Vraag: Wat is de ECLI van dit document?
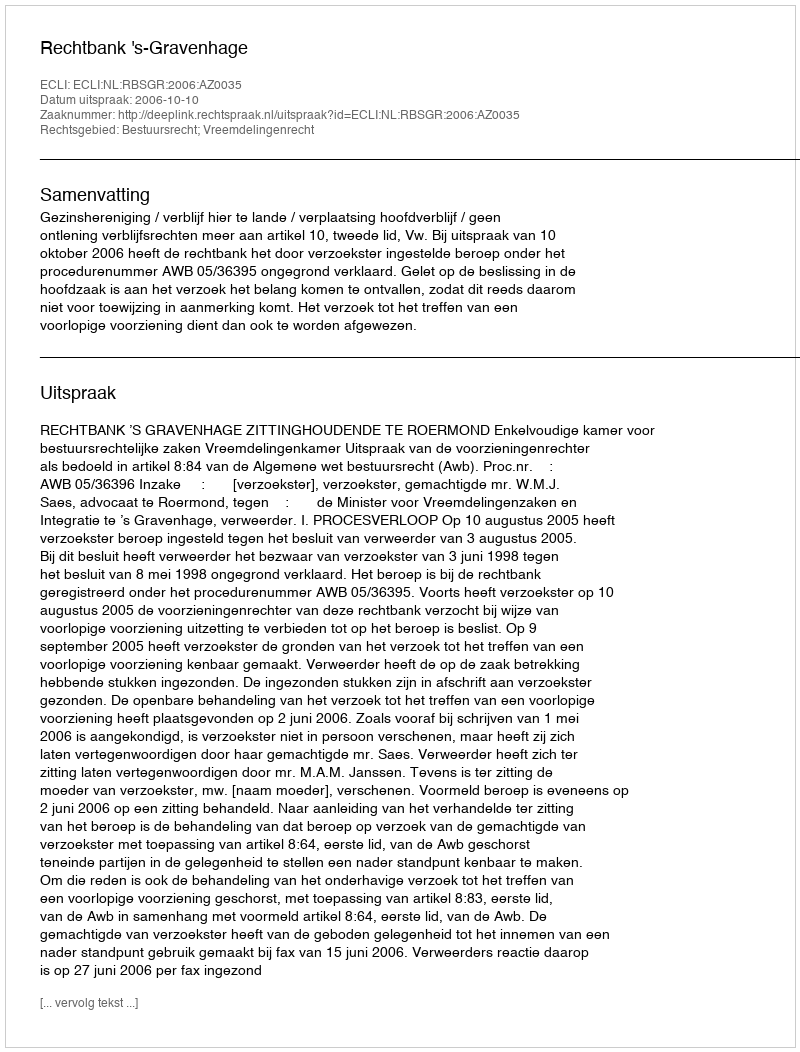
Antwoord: ECLI:NL:RBSGR:2006:AZ0035